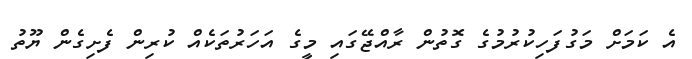
އެ ކަމަށް މަގުފަހިކުރުމުގެ ގޮތުން ރާއްޖޭގައި މީގެ އަހަރުތަކެއް ކުރިން ފެށިގެން ޔޫތު